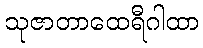
သုဇာတာထေရီဂါထာ